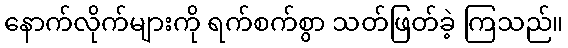
နောက်လိုက်များကို ရက်စက်စွာ သတ်ဖြတ်ခဲ့ ကြသည်။